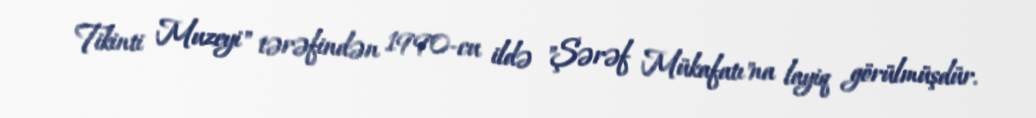
Tikinti Muzeyi" tərəfindən 1990-cu ildə "Şərəf Mükafatı"na layiq görülmüşdür.